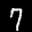
Label: 7